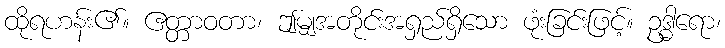
ထိုရဟန်း၏။ ဧတ္တာဝတာ၊ ဤမျှအတိုင်းအရှည်ရှိသော ဖုံးခြင်းဖြင့်။ ဥဒ္ဓါရော၊